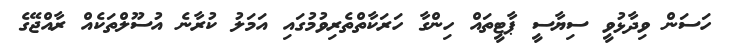
ހަސަން ވިދާޅުވީ ސިޔާސީ ޕާޓީތައް ހިންގާ ހަރަކާތްތެރިވުމުގައި އަމަލު ކުރާނެ އުސޫލްތަކެއް ރާއްޖޭގެ